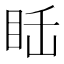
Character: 𥅒